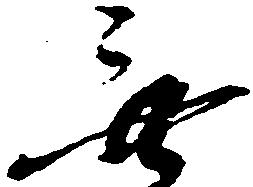
無